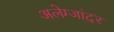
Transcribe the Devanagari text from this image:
अलेग्जांदर